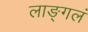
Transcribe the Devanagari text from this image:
लाङ्गलं